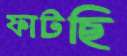
ফাটছি